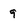
Character: 9